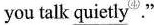
you talk \underline{quietly}④."